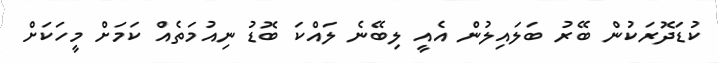
ކުޑަދޮރަކުން ބޭރު ބަލައިލުން އެއީ ލިބޭނެ ލައްކަ ބޮޑު ނިއުމަތެއް ކަމަށް މީހަކަށް